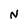
Character: N